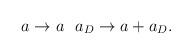
LaTeX: \begin{align*}a \rightarrow a \> \> \> a_{D} \rightarrow a + a_{D}.\end{align*}